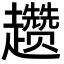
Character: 趱